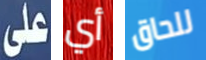
على أي للحاق